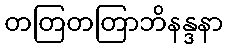
တတြတတြာဘိနန္ဒနာ